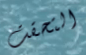
التحقت